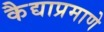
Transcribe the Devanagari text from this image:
कैद्याप्रमाणे